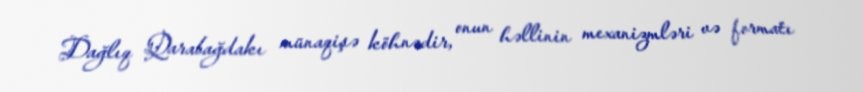
Dağlıq Qarabağdakı münaqişə köhnədir, onun həllinin mexanizmləri və formatı